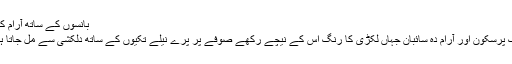
بانسوں کے ساتھ آرام کرنا
ایک پرسکون اور آرام دہ سائبان جہاں لکڑی کا رنگ اِس کے نیچے رکھے صوفے پر پرے نیلے تکیوں کے ساتھ دلکشی سے مل جاتا ہے۔